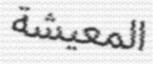
المعيشة